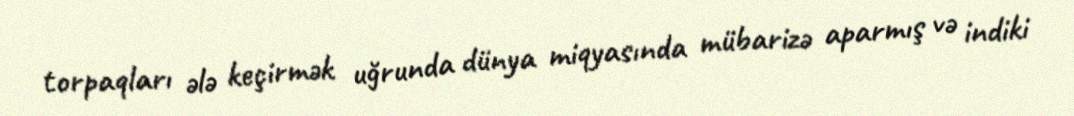
torpaqları ələ keçirmək uğrunda dünya miqyasında mübarizə aparmış və indiki